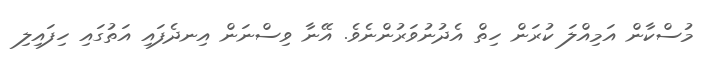
މުސްކާން އަމިއްލަ ކުރަން ހިތް އެދުނުވަރުންނެވެ. އޭނާ ވިސްނަން އިނދެފައި އަތުގައި ހިފައިލި